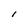
Character: l